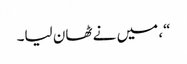
“، میں نے ٹھان لیا۔